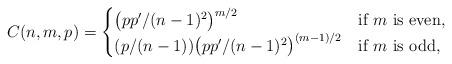
LaTeX: \begin{align*}C(n,m,p) =\begin{cases}\big( p p' /(n-1)^2 \big)^{m/2}&\mbox{if $m$ is even},\\(p/(n-1))\big( p p' /(n-1)^2\big)^{(m-1)/2} &\mbox{if $m$ is odd},\end{cases}\end{align*}